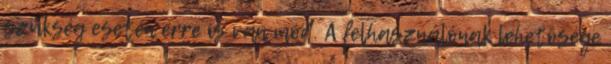
szükség esetén erre is van mód. A felhasználónak lehetôsége